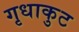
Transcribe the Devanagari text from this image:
गृधाकुट